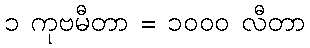
၁ ကုဗမီတာ = ၁၀၀၀ လီတာ